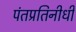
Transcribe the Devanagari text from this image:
पंतप्रतिनीधी